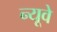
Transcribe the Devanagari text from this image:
न्यूवे